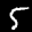
Label: 5